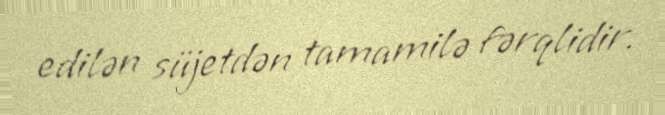
edilən süjetdən tamamilə fərqlidir.